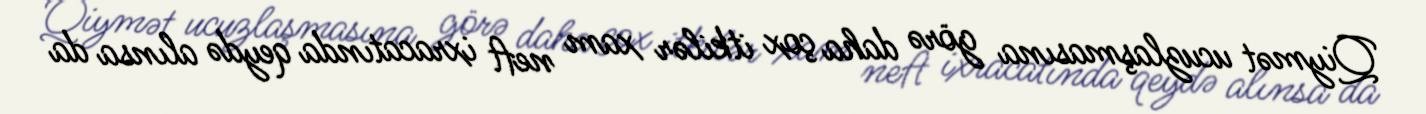
Qiymət ucuzlaşmasına görə daha çox itkilər xam neft ixracatında qeydə alınsa da